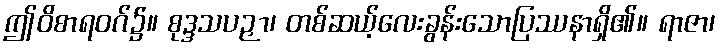
ဤဝိစာရဝဂ်၌။ စုဒ္ဒသပဉှာ၊ တစ်ဆယ့်လေးခွန်းသောပြဿနာရှိ၏။ ရာဇာ၊